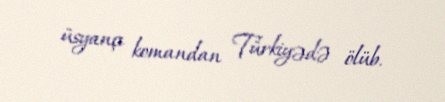
üsyançı komandan Türkiyədə ölüb.